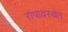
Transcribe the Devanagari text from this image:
रोपावस्थेत